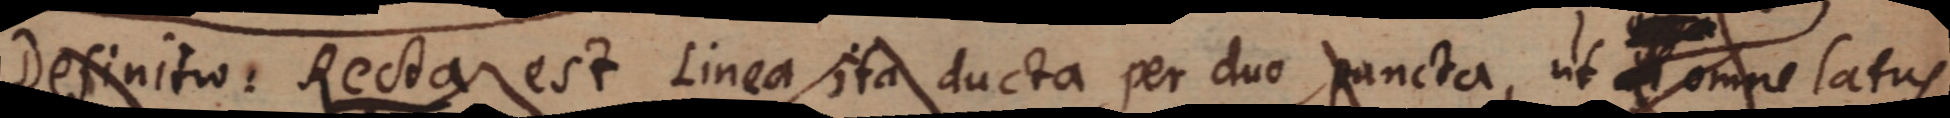
Definitio: Recta est Linea ita ducta per duo puncta, ut omne latus